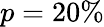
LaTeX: p=20\%